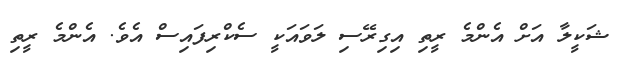
ޝަކީލާ އަށް އެންމެ ރީތި އިގިރޭސި ލަވައަކީ ސެކްރިފައިސް އެވެ. އެންމެ ރީތި